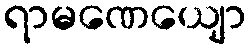
ရာမဏေယျော